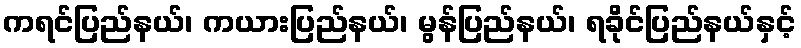
ကရင်ပြည်နယ်၊ ကယားပြည်နယ်၊ မွန်ပြည်နယ်၊ ရခိုင်ပြည်နယ်နှင့်